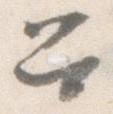
召